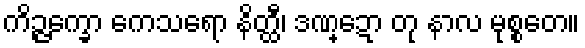
ကိဉ္ဇက္ခော ကေသရော နိတ္ထီ၊ ဒဏ္ဍော တု နာလ မုစ္စတေ။